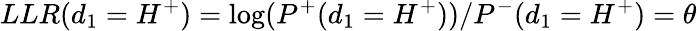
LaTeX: LLR(d_{1}=H^{+})=\log(P^{+}(d_{1}=H^{+}))/P^{-}(d_{1}=H^{+})=\theta